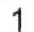
1